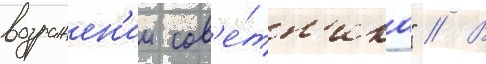
возражен'ии сов'е́тн'ика" // В